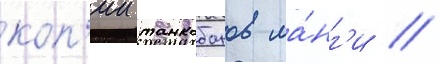
коп'ии танкобонов ма́нг'и //